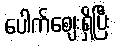
ပေါက်ဈေးရှိပြီး